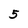
Character: 5